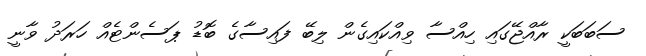
ސަބަބަކީ ރާއްޖޭގައި ހިއްސާ ވިއްކައިގެން ލިބޭ ފައިސާގެ ބޮޑު ޕަސެންޓެއް ހަރަދު ވާނީ